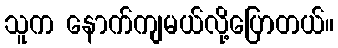
သူက နောက်ကျမယ်လို့ပြောတယ်။